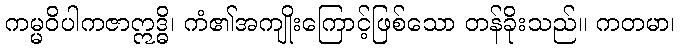
ကမ္မဝိပါကဇာဣဒ္ဓိ၊ ကံ၏အကျိုးကြောင့်ဖြစ်သော တန်ခိုးသည်။ ကတမာ၊